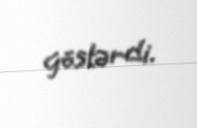
göstərdi.